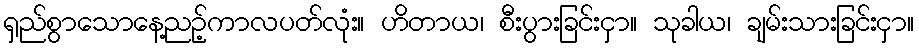
ရှည်စွာသောနေ့ညဉ့်ကာလပတ်လုံး။ ဟိတာယ၊ စီးပွားခြင်းငှာ။ သုခါယ၊ ချမ်းသားခြင်းငှာ။